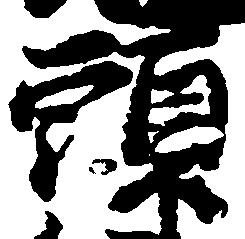
頭